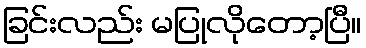
ခြင်းလည်း မပြုလိုတော့ပြီ။